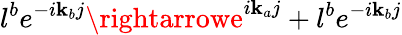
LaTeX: l^{b}e^{-i\mathbf{k}_{b}j}\rightarrowe^{i\mathbf{k}_{a}j}+l^{b}e^{-i\mathbf{k}_{b}j}